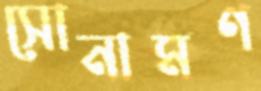
সোনামণ